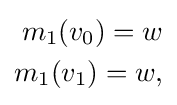
{\begin{aligned}m_{1}(v_{0})=w\\m_{1}(v_{1})=w,\end{aligned}}